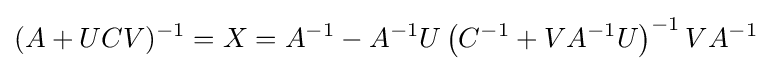
(A+UCV)^{-1}=X=A^{-1}-A^{-1}U\left(C^{-1}+VA^{-1}U\right)^{-1}VA^{-1}